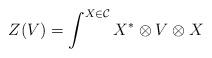
LaTeX: \begin{align*} Z(V) = \int^{X \in \mathcal{C}} X^* \otimes V \otimes X\end{align*}